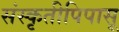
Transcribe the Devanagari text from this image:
संस्कृतीपिपासू